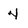
Character: 4